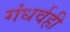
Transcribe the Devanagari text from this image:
गंधर्वही